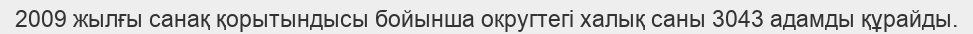
2009 жылғы санақ қорытындысы бойынша округтегі халық саны 3043 адамды құрайды.